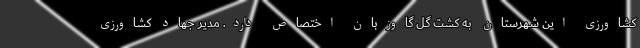
کشاورزی این شهرستان به کشت گل گاوزبان اختصاص دارد. مدیر جهاد کشاورزی